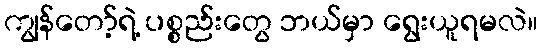
ကျွန်တော့်ရဲ့ ပစ္စည်းတွေ ဘယ်မှာ ရွေးယူရမလဲ။